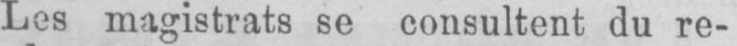
Les magistrats se consultent du re-